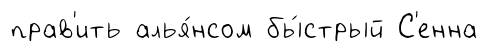
прав'ить алья́нсом бы́стрый С'енна